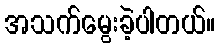
အသက်မွေးခဲ့ပါတယ်။